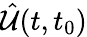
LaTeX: \hat{\mathcal{U}}(t,t_{0})